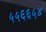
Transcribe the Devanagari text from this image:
५५६६५४